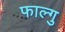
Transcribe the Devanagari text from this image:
फाल्गु